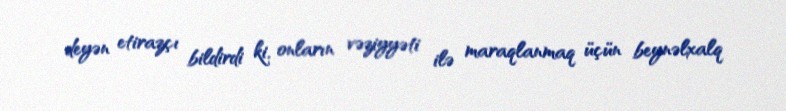
deyən etirazçı bildirdi ki, onların vəziyyəti ilə maraqlanmaq üçün beynəlxalq